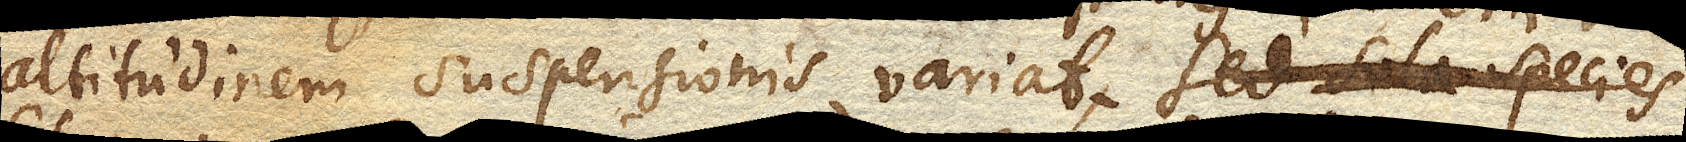
altitudinem suspensionis variat. Sed sola species